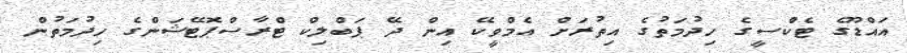
އައްޑޫގެ ޓެކްސީގެ ހިދުމަތުގެ އިތުރަށް އެމްވީކޭ އިން ދޭ ޕަބްލިކް ޓްރާސްޕޮޓޭޝަންގެ ހިދުމަތުން